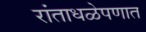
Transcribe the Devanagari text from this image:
रांताधळेपणात